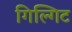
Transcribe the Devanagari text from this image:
गिल्गिट